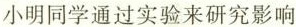
小明同学通过实验来研究影响